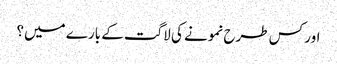
اور کس طرح نمونے کی لاگت کے بارے میں؟